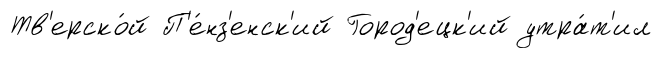
Тв'ерско́й П'е́нз'енск'ий Город'ецк'ий утра́т'ил